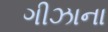
ગીઝાના